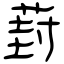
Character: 葑